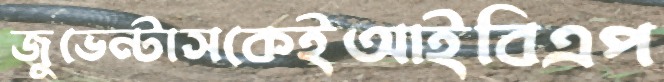
জুভেন্টাসকেইআইবিএপ